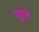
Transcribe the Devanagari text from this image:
तुवन